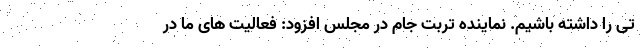
تی را داشته باشیم. نماینده تربت جام در مجلس افزود: فعالیت های ما در